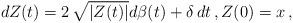
LaTeX: \begin{align*}dZ(t) = 2\,\sqrt{|Z(t)|}d\beta(t) + \delta\,dt\,, Z(0)=x\,,\end{align*}